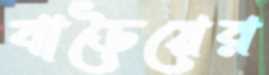
বাড়ৈয়ের